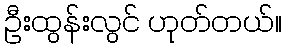
ဦးထွန်းလွင် ဟုတ်တယ်။